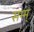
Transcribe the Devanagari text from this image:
सम्म्